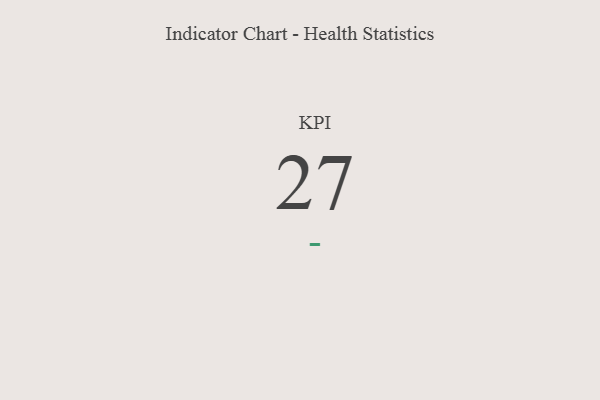
{"axis": {"x": "KPI", "y": "Value"}, "legend": [""], "data": [{"x": "KPI", "y": 27, "type": ""}]}